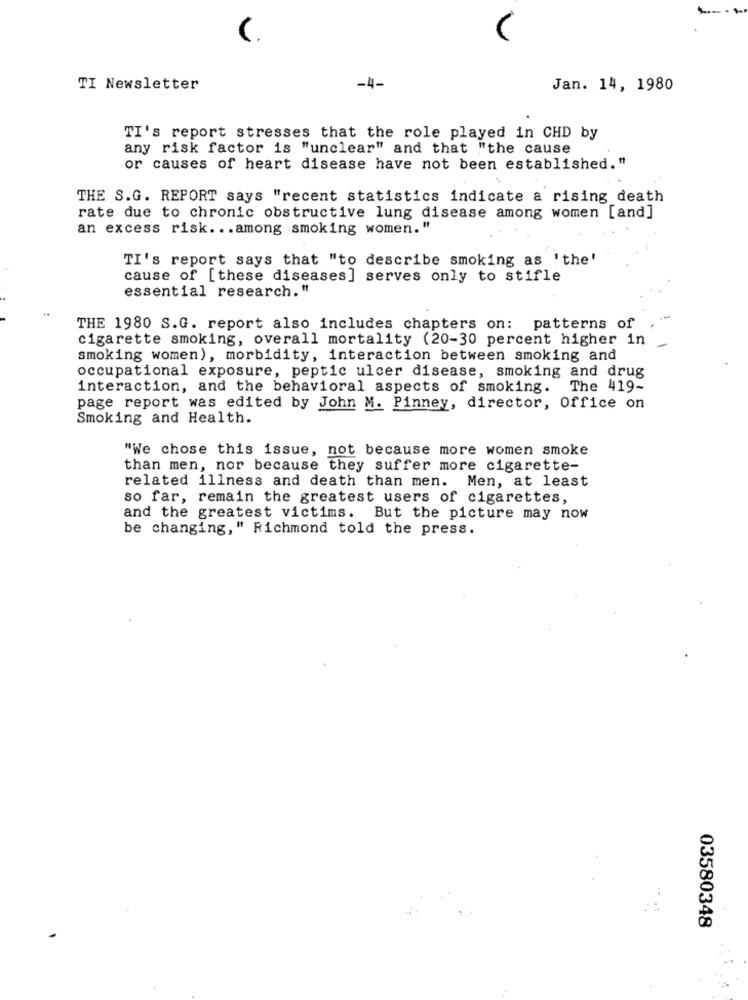
TI Newsletter
-4-
Jan. 14, 1980
TI's report stresses that the role played in CHD by
any risk factor is "unclear" and that "the cause
or causes of heart disease have not been established."
THE S.G. REPORT says "recent statistics indicate a rising death
rate due to chronic obstructive lung disease among women [and]
an excess risk ... among smoking women."
TI's report says that "to describe smoking as 'the'
cause of [these diseases] serves only to stifle
essential research."
THE 1980 S.G. report also includes chapters on: patterns of
cigarette smoking, overall mortality (20-30 percent higher in
smoking women), morbidity, interaction between smoking and
occupational exposure, peptic ulcer disease, smoking and drug
interaction, and the behavioral aspects of smoking.
The 419-
page report was edited by John M. Pinney, director, Office on
Smoking and Health.
"We chose this issue, not because more women smoke
than men, nor because they suffer more cigarette-
related illness and death than men. Men, at least
so far, remain the greatest users of cigarettes,
and the greatest victims. But the picture may now
be changing, " Richmond told the press.
03580348